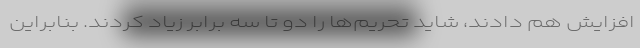
افزایش هم دادند، شاید تحریم‌ها را دو تا سه برابر زیاد کردند. بنابراین